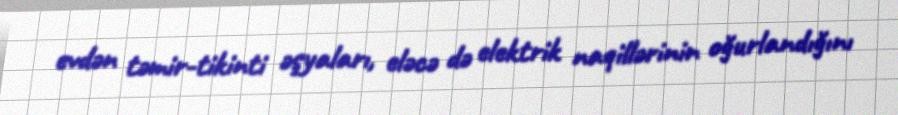
evdən təmir-tikinti əşyaları, eləcə də elektrik naqillərinin oğurlandığını